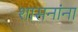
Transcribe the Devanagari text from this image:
शासनांना